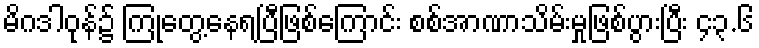
မိဂဒါဝုန်၌ ကြုံတွေ့နေရပြီဖြစ်ကြောင်း စစ်အာဏာသိမ်းမှုဖြစ်ပွားပြီး ၄၃.၆